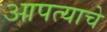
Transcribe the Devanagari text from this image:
आपत्याचे